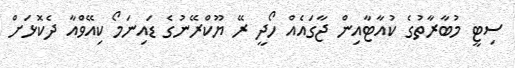
ސިޓީ މުބާރާތުގެ ކުއާޓާއިން ޖާގައެއް ހޯދީ ރޭ ޔޫކްރޭނުގެ ޑައިނަމޯ ކިއޭވްއާ ދެކޮޅަށް